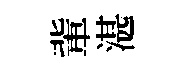
軰湛